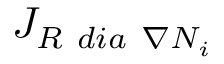
{ J } _ { R \ d i a \ \nabla N _ { i } }